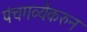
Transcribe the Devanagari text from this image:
पंचगव्येंकरुन